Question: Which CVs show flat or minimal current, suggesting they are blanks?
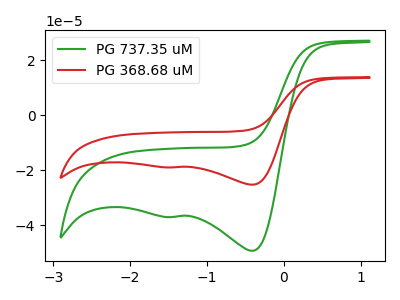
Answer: <think>The green curve "PG 737.35 uM" has cathodic peaks at (-0.40V, -49.20uA) (-1.45V, -36.95uA). The red curve "PG 368.68 uM" has cathodic peaks at (-0.40V, -25.20uA) (-1.45V, -18.90uA).</think>
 <answer>There are not any CV's on this graph that are likely to be blanks.</answer>
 <eval>none</eval>